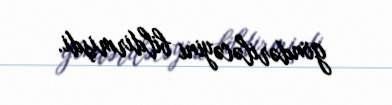
göndəriləcəyini bildirmişdi.